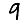
Digit: 9